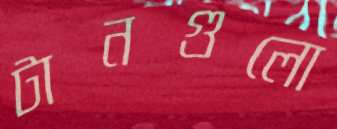
টানগুলো